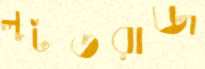
লুটতরাজ